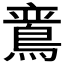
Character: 𬷛